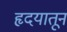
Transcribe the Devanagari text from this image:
हृदयातून